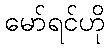
မော်ရင်ဟို